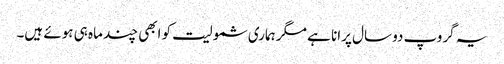
یہ گروپ دو سال پرانا ہے مگر ہماری شمولیت کو ابھی چند ماہ ہی ہوئے ہیں۔